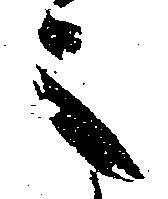
之